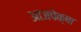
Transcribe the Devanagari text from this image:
आजपेक्षा